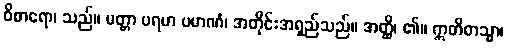
ဝိစာရော၊ သည်။ မတ္တာ ပရမာ ပမာဏံ၊ အတိုင်းအရှည်သည်။ အတ္ထိ၊ ၏။ ဣတိတသ္မာ၊